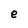
Character: e